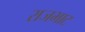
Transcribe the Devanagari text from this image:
राजभाट